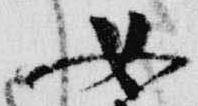
女